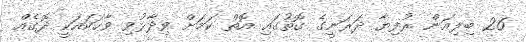
26 ބިލިއަން ރުފިޔާ ދަރަނީގެ ގޮތުގައި އޮތް ކަމަށް ވިދާޅުވި ވާހަކައަކީ ދޮގެއް